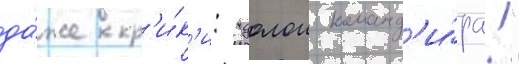
да́же кр'и́к'и: "долои команд'и́ра!"